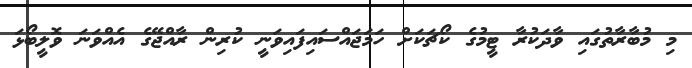
މި މުބާރާތުގައި ވާދަކުރާ ޓީމުގެ ކޯޗަކަށް ހަމަޖައްސައިފައިވަނީ ކުރިން ރާއްޖޭގެ އެއްވަނަ ވޮލީބޯޅަ